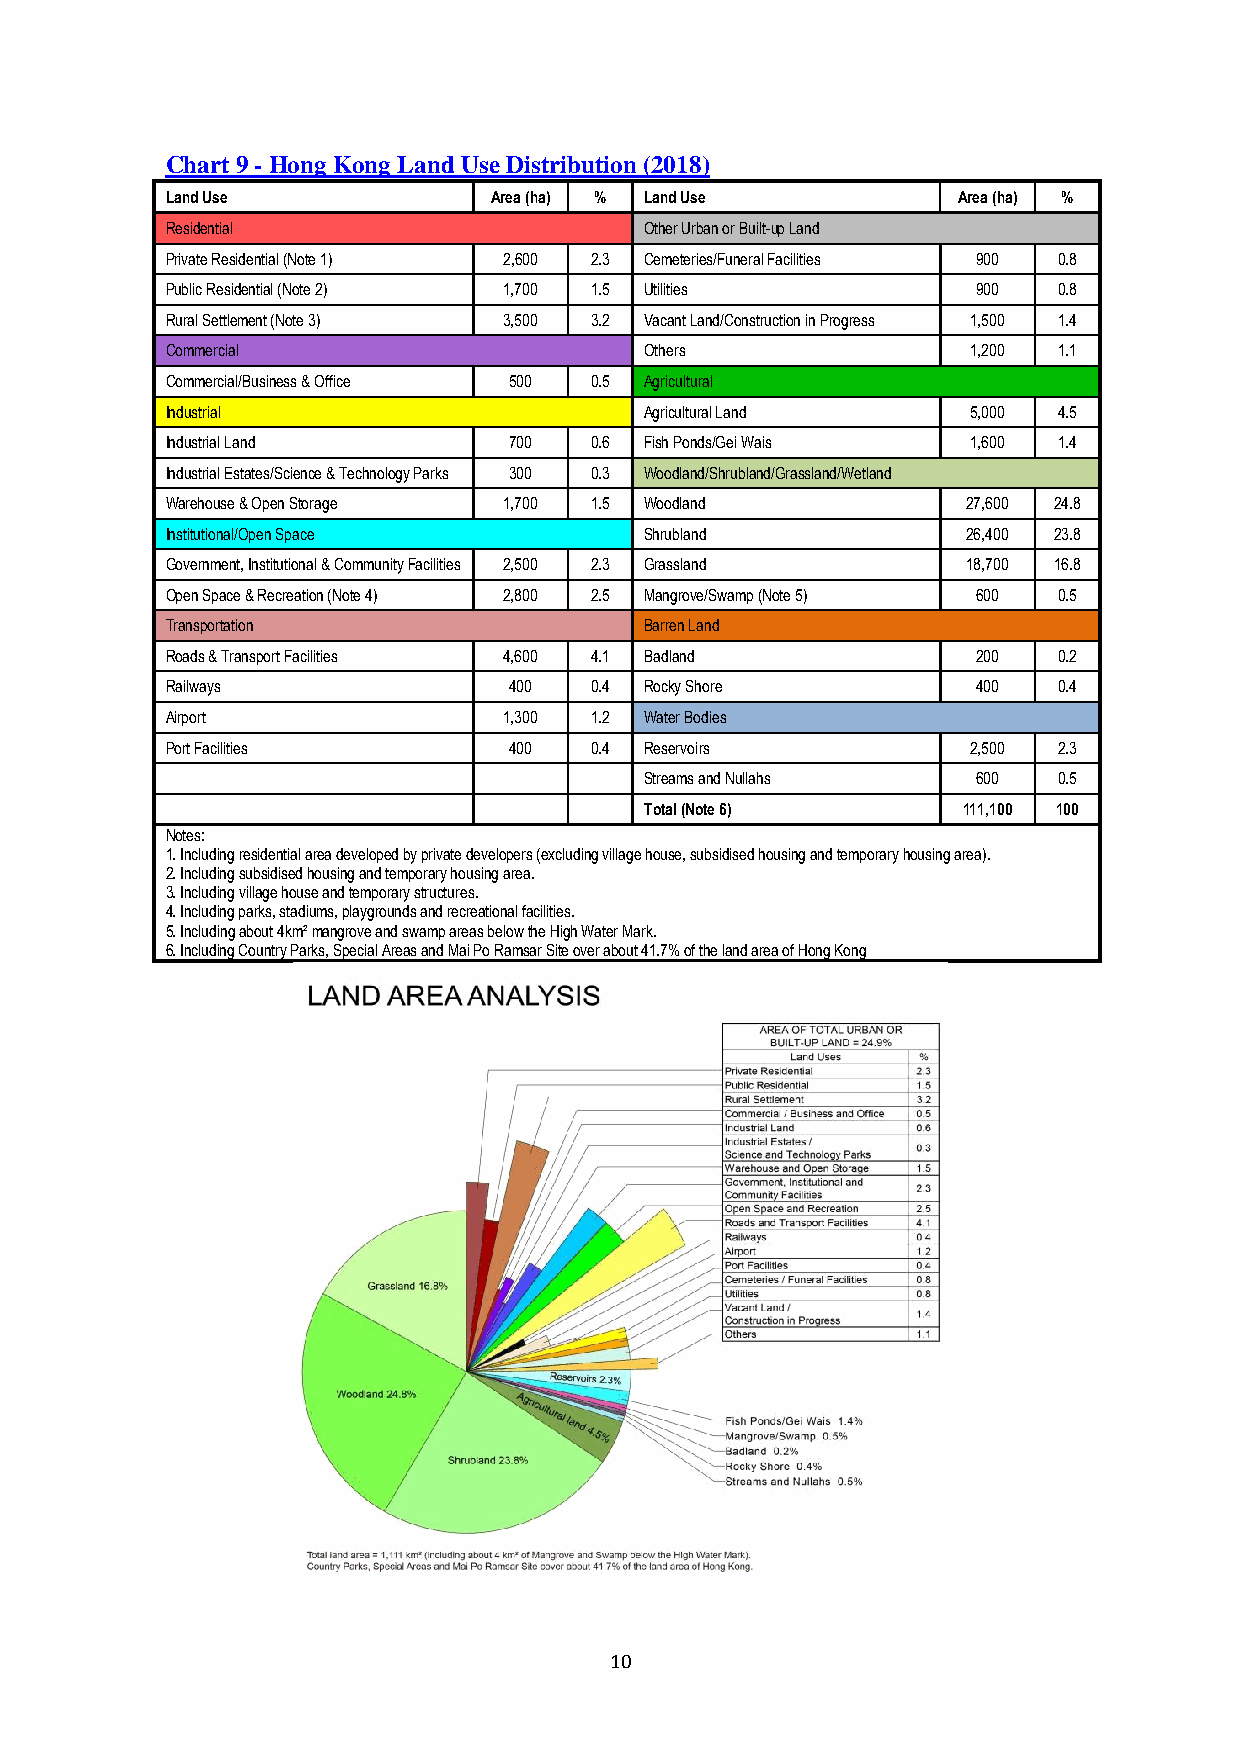
Chart 9 - Hong Kong Land Use Distribution (2018)
 Land Use             Area (ha) % Land Use           Area (ha) %
 Residential                     Other Urban or Built-up Land
 Private Residential (Note 1) 2,600 2.3 Cemeteries/Funeral Facilities 900 0.8
 Public Residential (Note 2) 1,700 1.5 Utilities       900  0.8
 Rural Settlement (Note 3) 3,500 3.2 Vacant Land/Construction in Progress 1,500 1.4
 Commercial                      Others               1,200 1.1
 Commercial/Business & Office 500 0.5 Agricultural
 Industrial                      Agricultural Land    5,000 4.5
 Industrial Land        700  0.6 Fish Ponds/Gei Wais  1,600 1.4
 Industrial Estates/Science & Technology Parks 300 0.3 Woodland/Shrubland/Grassland/Wetland
 Warehouse & Open Storage 1,700 1.5 Woodland          27,600 24.8
 Institutional/Open Space        Shrubland            26,400 23.8
 Government, Institutional & Community Facilities 2,500 2.3 Grassland 18,700 16.8
 Open Space & Recreation (Note 4) 2,800 2.5 Mangrove/Swamp (Note 5) 600 0.5
 Transportation                  Barren Land
 Roads & Transport Facilities 4,600 4.1 Badland        200  0.2
 Railways               400  0.4 Rocky Shore           400  0.4
 Airport               1,300 1.2 Water Bodies
 Port Facilities        400  0.4 Reservoirs           2,500 2.3
 Streams and Nullahs   600  0.5
 Total (Note 6)       111,100 100
 Notes:
 1. Including residential area developed by private developers (excluding village house, subsidised housing and temporary housing area).
 2. Including subsidised housing and temporary housing area.
 3. Including village house and temporary structures.
 4. Including parks, stadiums, playgrounds and recreational facilities.
 5. Including about 4km² mangrove and swamp areas below the High Water Mark.
 6. Including Country Parks, Special Areas and Mai Po Ramsar Site over about 41.7% of the land area of Hong Kong
 10